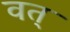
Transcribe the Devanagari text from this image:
वत्